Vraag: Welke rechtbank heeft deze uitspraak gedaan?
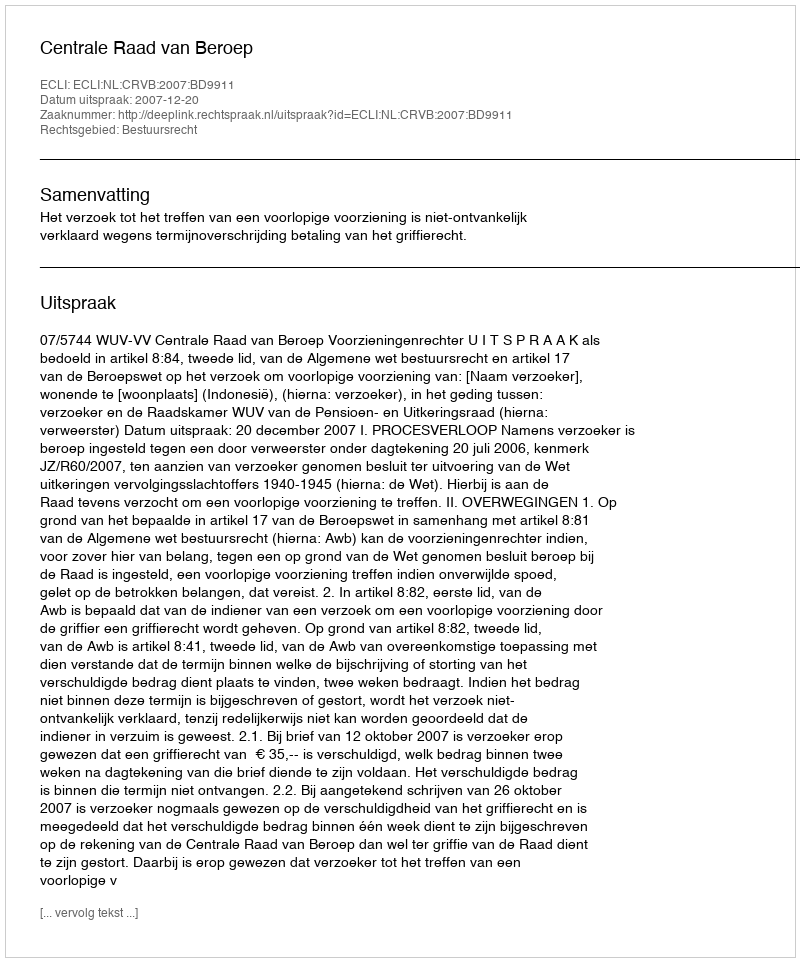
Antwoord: Centrale Raad van Beroep